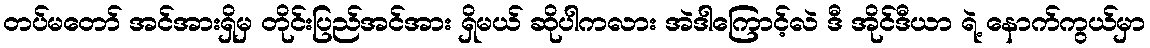
တပ်မတော် အင်အားရှိမှ တိုင်းပြည်အင်အား ရှိမယ် ဆိုပါကလား အဲဒါကြောင့်လဲ ဒီ အိုင်ဒီယာ ရဲ့ နောက်ကွယ်မှာ